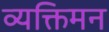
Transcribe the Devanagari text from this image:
व्यक्तिमन